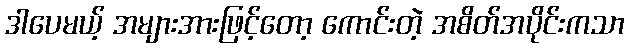
ဒါပေမယ့် အများအားဖြင့်တော့ ကောင်းတဲ့ အစိတ်အပိုင်းကသာ